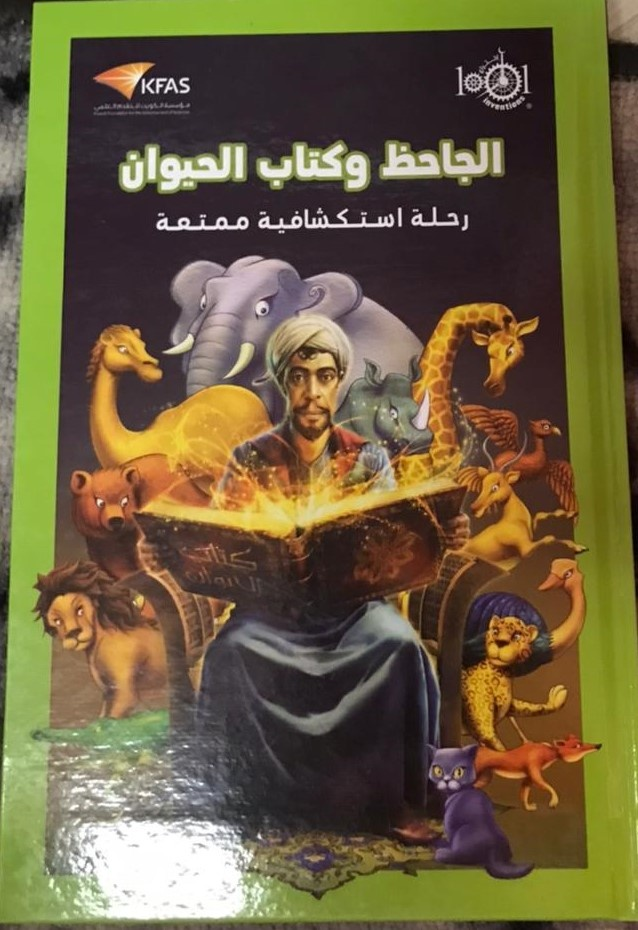
Text in image: الجاحظ وكتاب الحيوان رحلة استكشافية ممتعة KFAS